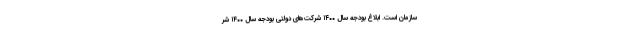
سازمان است. ابلاغ بودجه سال ۱۴۰۰ شرکت‌های دولتی بودجه سال ۱۴۰۰ شر